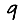
Digit: 9